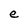
Character: e